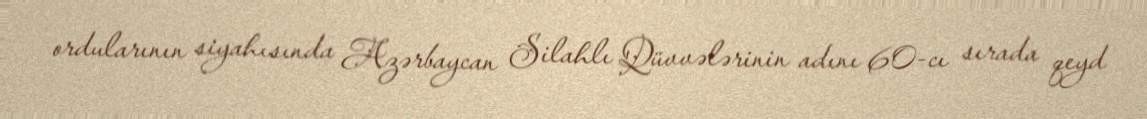
ordularının siyahısında Azərbaycan Silahlı Qüvvələrinin adını 60-cı sırada qeyd